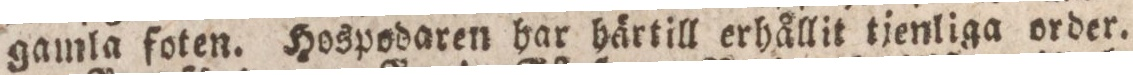
gamla foten. Hospodaren har härtill erhållit tjenliga order.